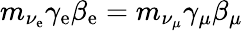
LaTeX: m_{\nu_{\mathrm{e}}}\gamma_{\mathrm{e}}\beta_{\mathrm{e}}=m_{\nu_{\mu}}\gamma_{\mu}\beta_{\mu}